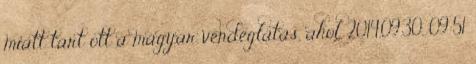
miatt tart ott a magyar vendéglátás, ahol. 2014.09.30. 09:51